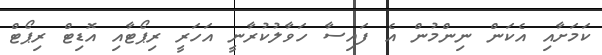
ކަމަށާއި އެކަން ނިންމުން އެ ފައިސާ ހަވާލުކުރާނީ އަހަރީ ރިޕޯޓާއި އޮޑިޓް ރިޕޯޓް